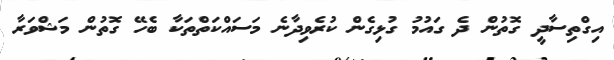
އިގްތިސާދީ ގޮތުން ދެ ގައުމު ގުޅިގެން ކުރެވިދާނެ މަސައްކަތްތަކާ ބެހޭ ގޮތުން މަޝްވަރާ